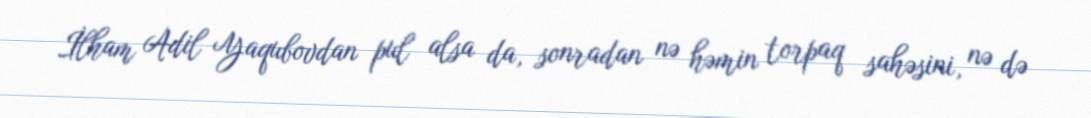
İlham Adil Yaqubovdan pul alsa da, sonradan nə həmin torpaq sahəsini, nə də